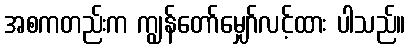
အစကတည်းက ကျွန်တော်မျှော်လင့်ထား ပါသည်။